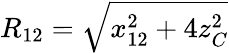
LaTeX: R_{12}=\sqrt{x_{12}^{2}+4z_{C}^{2}}